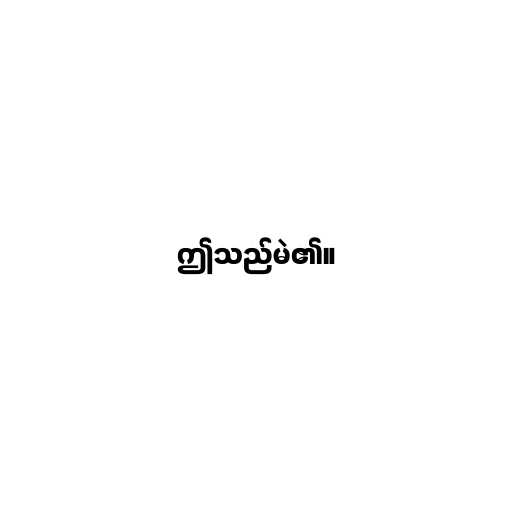
ဤသည်မဲ၏။